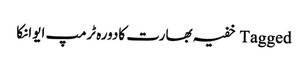
Tagged خفیہ بھارت کادورہ ٹرمپ ایوانکا